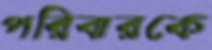
পরিবারকে